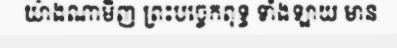
យ៉ាងណាមិញ ព្រះបច្ចេកពុទ្ធ ទាំងឡាយ មាន